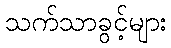
သက်သာခွင့်များ